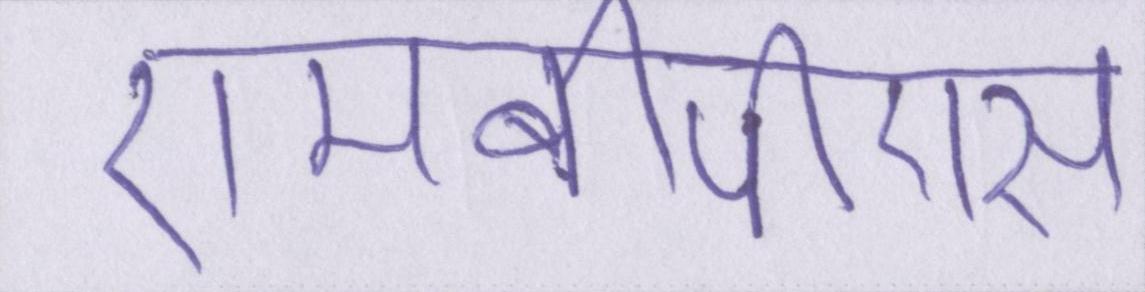
एमबीपीएस